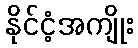
နိုင်ငံ့အကျိုး